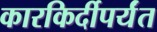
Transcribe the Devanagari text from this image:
कारकिर्दीपर्यंत